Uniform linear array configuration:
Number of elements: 4
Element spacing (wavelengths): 0.5
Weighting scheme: kaiser
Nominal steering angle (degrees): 30
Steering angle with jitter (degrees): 30.12
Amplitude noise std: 0.05
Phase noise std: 0.05

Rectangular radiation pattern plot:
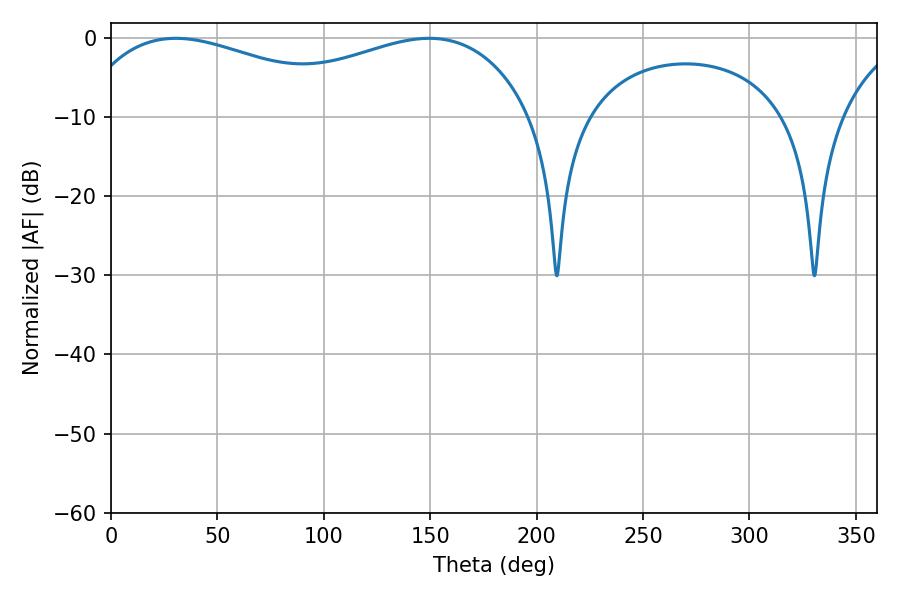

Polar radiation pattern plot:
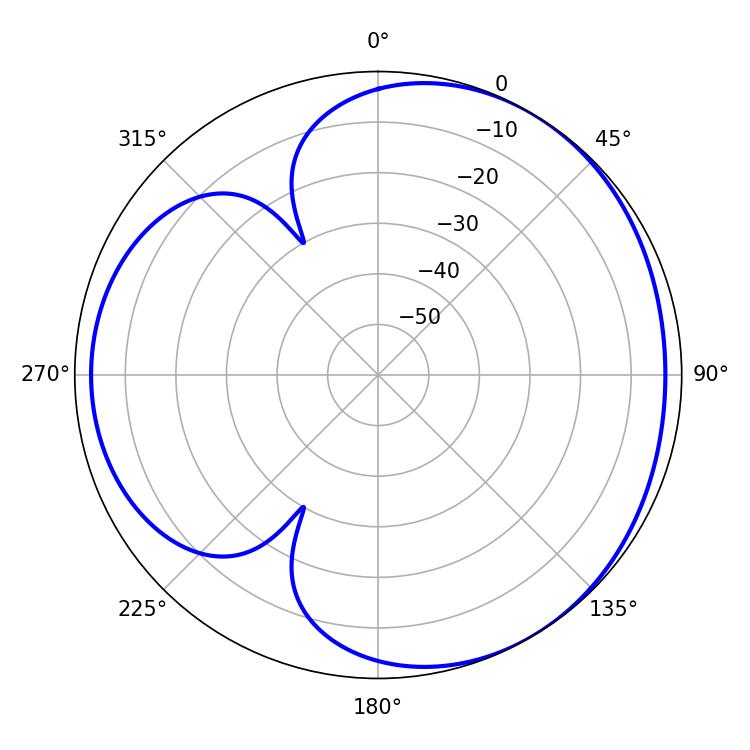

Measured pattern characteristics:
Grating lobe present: FALSE
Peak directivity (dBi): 3.501
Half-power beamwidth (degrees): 77.94
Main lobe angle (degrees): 30.42